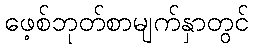
ဖေ့စ်ဘုတ်စာမျက်နှာတွင်